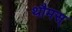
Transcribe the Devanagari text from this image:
थौमस्